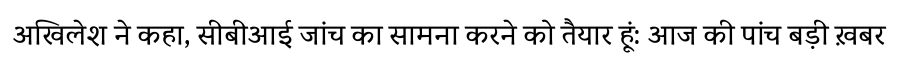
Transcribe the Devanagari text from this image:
अखिलेश ने कहा, सीबीआई जांच का सामना करने को तैयार हूं: आज की पांच बड़ी ख़बर